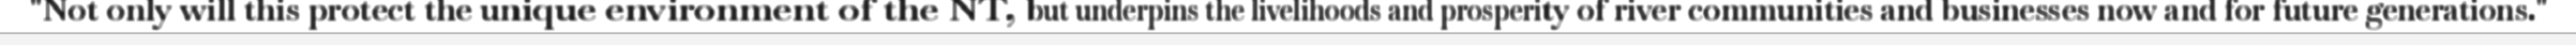
"Not only will this protect the unique environment of the NT, but underpins the livelihoods and prosperity of river communities and businesses now and for future generations."